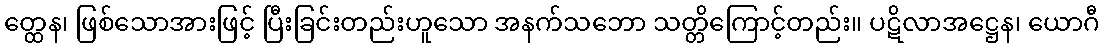
တ္ထေန၊ ဖြစ်သောအားဖြင့် ပြီးခြင်းတည်းဟူသော အနက်သဘော သတ္တိကြောင့်တည်း။ ပဋိလာအဋ္ဌေန၊ ယောဂီ